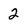
Character: 2